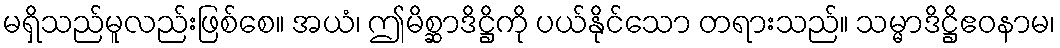
မရှိသည်မူလည်းဖြစ်စေ။ အယံ၊ ဤမိစ္ဆာဒိဋ္ဌိကို ပယ်နိုင်သော တရားသည်။ သမ္မာဒိဋ္ဌိဧဝနာမ၊